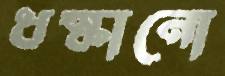
ধস্‌কানো